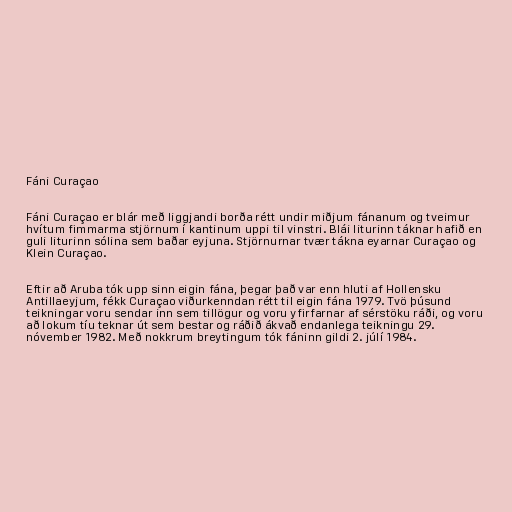
Fáni Curaçao

Fáni Curaçao er blár með liggjandi borða rétt undir miðjum fánanum og tveimur
hvítum fimmarma stjörnum í kantinum uppi til vinstri. Blái liturinn táknar hafið en
guli liturinn sólina sem baðar eyjuna. Stjörnurnar tvær tákna eyarnar Curaçao og
Klein Curaçao.

Eftir að Aruba tók upp sinn eigin fána, þegar það var enn hluti af Hollensku
Antillaeyjum, fékk Curaçao viðurkenndan rétt til eigin fána 1979. Tvö þúsund
teikningar voru sendar inn sem tillögur og voru yfirfarnar af sérstöku ráði, og voru
að lokum tíu teknar út sem bestar og ráðið ákvað endanlega teikningu 29.
nóvember 1982. Með nokkrum breytingum tók fáninn gildi 2. júlí 1984.